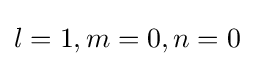
l=1,m=0,n=0